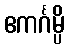
ဧကင်္ဂမ္ပိ